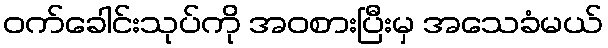
ဝက်ခေါင်းသုပ်ကို အဝစားပြီးမှ အသေခံမယ်